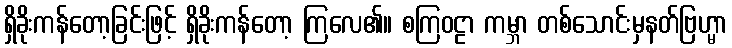
ရှိခိုးကန်တော့ခြင်းဖြင့် ရှိခိုးကန်တော့ ကြလေ၏။ စကြဝဠာ ကမ္ဘာ တစ်သောင်းမှနတ်ဗြဟ္မာ